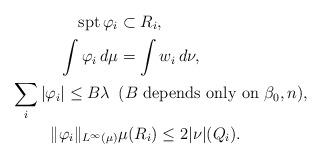
LaTeX: \begin{align*} \textup{spt}\,\varphi_i &\subset R_i, \\ \int \varphi_i \,d\mu &= \int w_i \,d\nu, \\ \sum_i |\varphi_i| \le B\lambda\,\,\,& (B \textup{ depends only on } \beta_0, n), \\ \|\varphi_i\|_{L^{\infty}(\mu)}& \mu(R_i) \le 2|\nu|(Q_i).\end{align*}